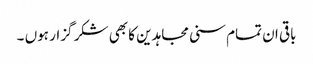
باقی ان تمام سنی مجاہدین کا بھی شکر گزار ہوں ۔